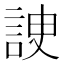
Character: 䛕